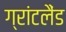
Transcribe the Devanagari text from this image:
ग्रांटलैंड